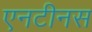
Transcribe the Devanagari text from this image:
एनटीनस